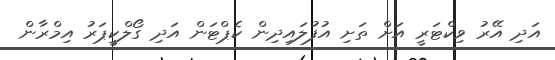
އަދި އޭރު ވިކްޓަރީ އަށް ތަށި އުފުލައިދިން ކެޕްޓަން އަދި ގޯލްކީޕަރު އިމްރާން